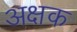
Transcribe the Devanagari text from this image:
अक्षक